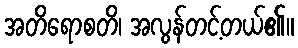
အတိရောစတိ၊ အလွန်တင့်တယ်၏။